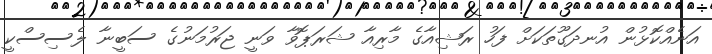
އަނެއްކޮޅުން އުނދަގޫތަކަށް ފަހު ރަޝިއާގެ މާރިއާ ޝަރަޕޮވާ ވަނީ ޖަރުމަނުގެ ސަބީނާ ލެސިސްކީ